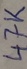
Text: 47K